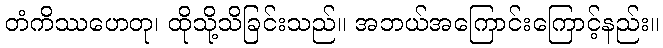
တံကိဿဟေတု၊ ထိုသို့သိခြင်းသည်။ အဘယ်အကြောင်းကြောင့်နည်း။